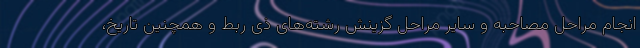
انجام مراحل مصاحبه و سایر مراحل گزینش رشته‌های ذی ربط و همچنین تاریخ،